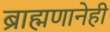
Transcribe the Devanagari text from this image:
ब्राह्मणानेही